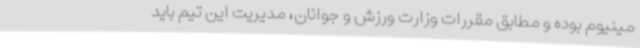
مینیوم بوده و مطابق مقررات وزارت ورزش و جوانان، مدیریت این تیم باید